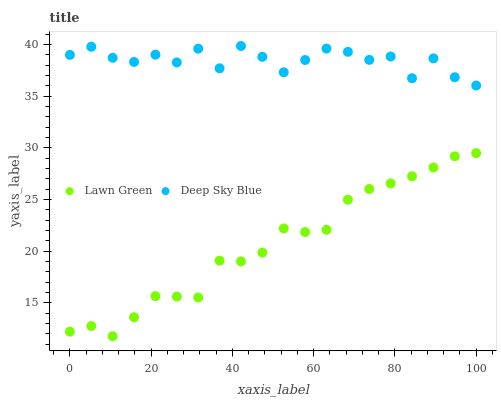
| xaxis_label | Lawn Green | Deep Sky Blue |
 | --- | --- | --- |
 | 0 | 12.2 | 39 |
 | 5.26 | 12.8 | 39.8 |
 | 10.5 | 11.8 | 38.7 |
 | 15.8 | 13.6 | 38.3 |
 | 21.1 | 15.6 | 39 |
 | 26.3 | 15.6 | 38.3 |
 | 31.6 | 15.5 | 39.6 |
 | 36.8 | 19.1 | 37.7 |
 | 42.1 | 19 | 39.8 |
 | 47.4 | 19.9 | 38.8 |
 | 52.6 | 22.2 | 37.3 |
 | 57.9 | 21.8 | 38.5 |
 | 63.2 | 22.1 | 39.6 |
 | 68.4 | 25 | 39.3 |
 | 73.7 | 26 | 38.5 |
 | 78.9 | 26.5 | 38.8 |
 | 84.2 | 27.2 | 36.7 |
 | 89.5 | 28.1 | 38.6 |
 | 94.7 | 29.2 | 36.8 |
 | 100 | 29.5 | 36 |